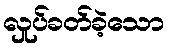
လှုပ်ခတ်ခဲ့သော